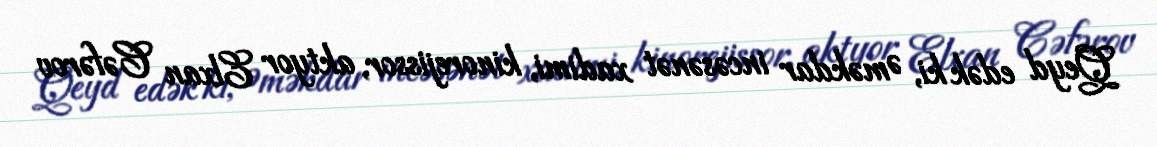
Qeyd edək ki, Əməkdar incəsənət xadimi, kinorejissor, aktyor Elxan Cəfərov